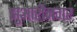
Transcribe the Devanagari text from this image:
झुआरीनगर